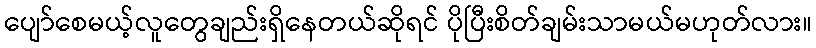
ပျော်စေမယ့်လူတွေချည်းရှိနေတယ်ဆိုရင် ပိုပြီးစိတ်ချမ်းသာမယ်မဟုတ်လား။